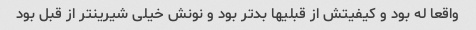
واقعا له بود و کیفیتش از قبلیها بدتر بود و نونش خیلی شیرینتر از قبل بود